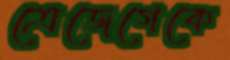
ত্রেজেগেকে